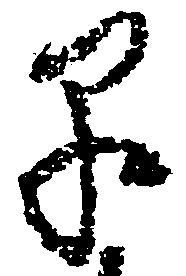
早